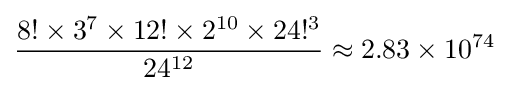
{\frac {8!\times 3^{7}\times 12!\times 2^{10}\times 24!^{3}}{24^{12}}}\approx 2.83\times 10^{74}